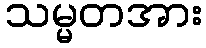
သမ္မတအား